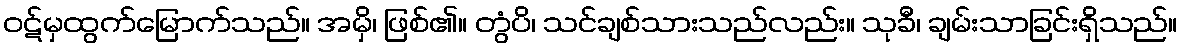
ဝဋ်မှထွက်မြောက်သည်။ အမှိ၊ ဖြစ်၏။ တွံပိ၊ သင်ချစ်သားသည်လည်း။ သုခီ၊ ချမ်းသာခြင်းရှိသည်။